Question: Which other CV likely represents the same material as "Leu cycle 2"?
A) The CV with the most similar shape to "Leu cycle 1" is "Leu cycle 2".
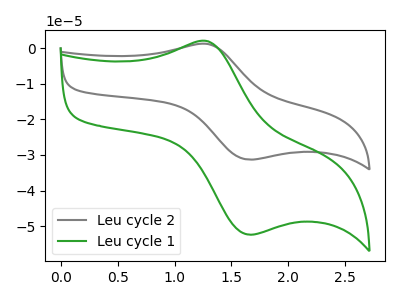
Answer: <think>The gray curve "Leu cycle 2" has an anodic peak at (1.30V, 1.20uA) and a cathodic peak at (1.65V, -31.30uA). The green curve "Leu cycle 1" has an anodic peak at (1.30V, 1.95uA) and a cathodic peak at (1.65V, -52.40uA).
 All the peaks in "Leu cycle 2" have a peak in "Leu cycle 1" at the same potential. Every peak in "Leu cycle 2" is lower than every peak in "Leu cycle 1".</think>
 <answer>A) The CV with the most similar shape to "Leu cycle 1" is "Leu cycle 2".</answer>
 <eval>A</eval>